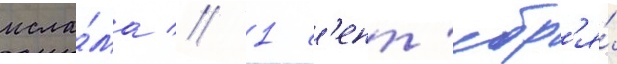
исла́ма // 1 с'ент'ябр'я́